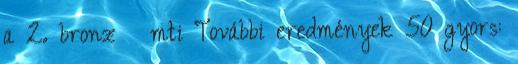
a 2. bronz mti További eredmények 50 gyors: